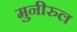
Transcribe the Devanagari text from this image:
मुनीरुल